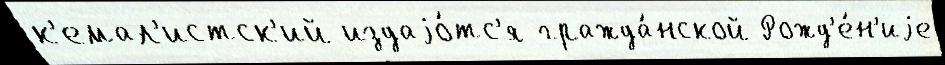
к'емал'истск'ий издаjо́тс'я гражда́нской Рожд'е́н'иjе